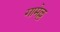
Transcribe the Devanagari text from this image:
गामेल्ल